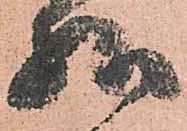
様